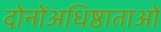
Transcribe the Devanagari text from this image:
दोनोंअधिष्ठाताओं